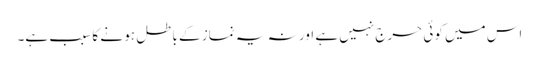
اس میں کوئی حرج نہیں ہے اور نہ یہ نماز کے باطل ہو نے کا سبب ہے۔